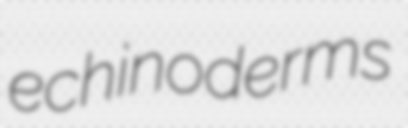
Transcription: echinoderms